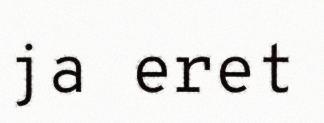
ja eret